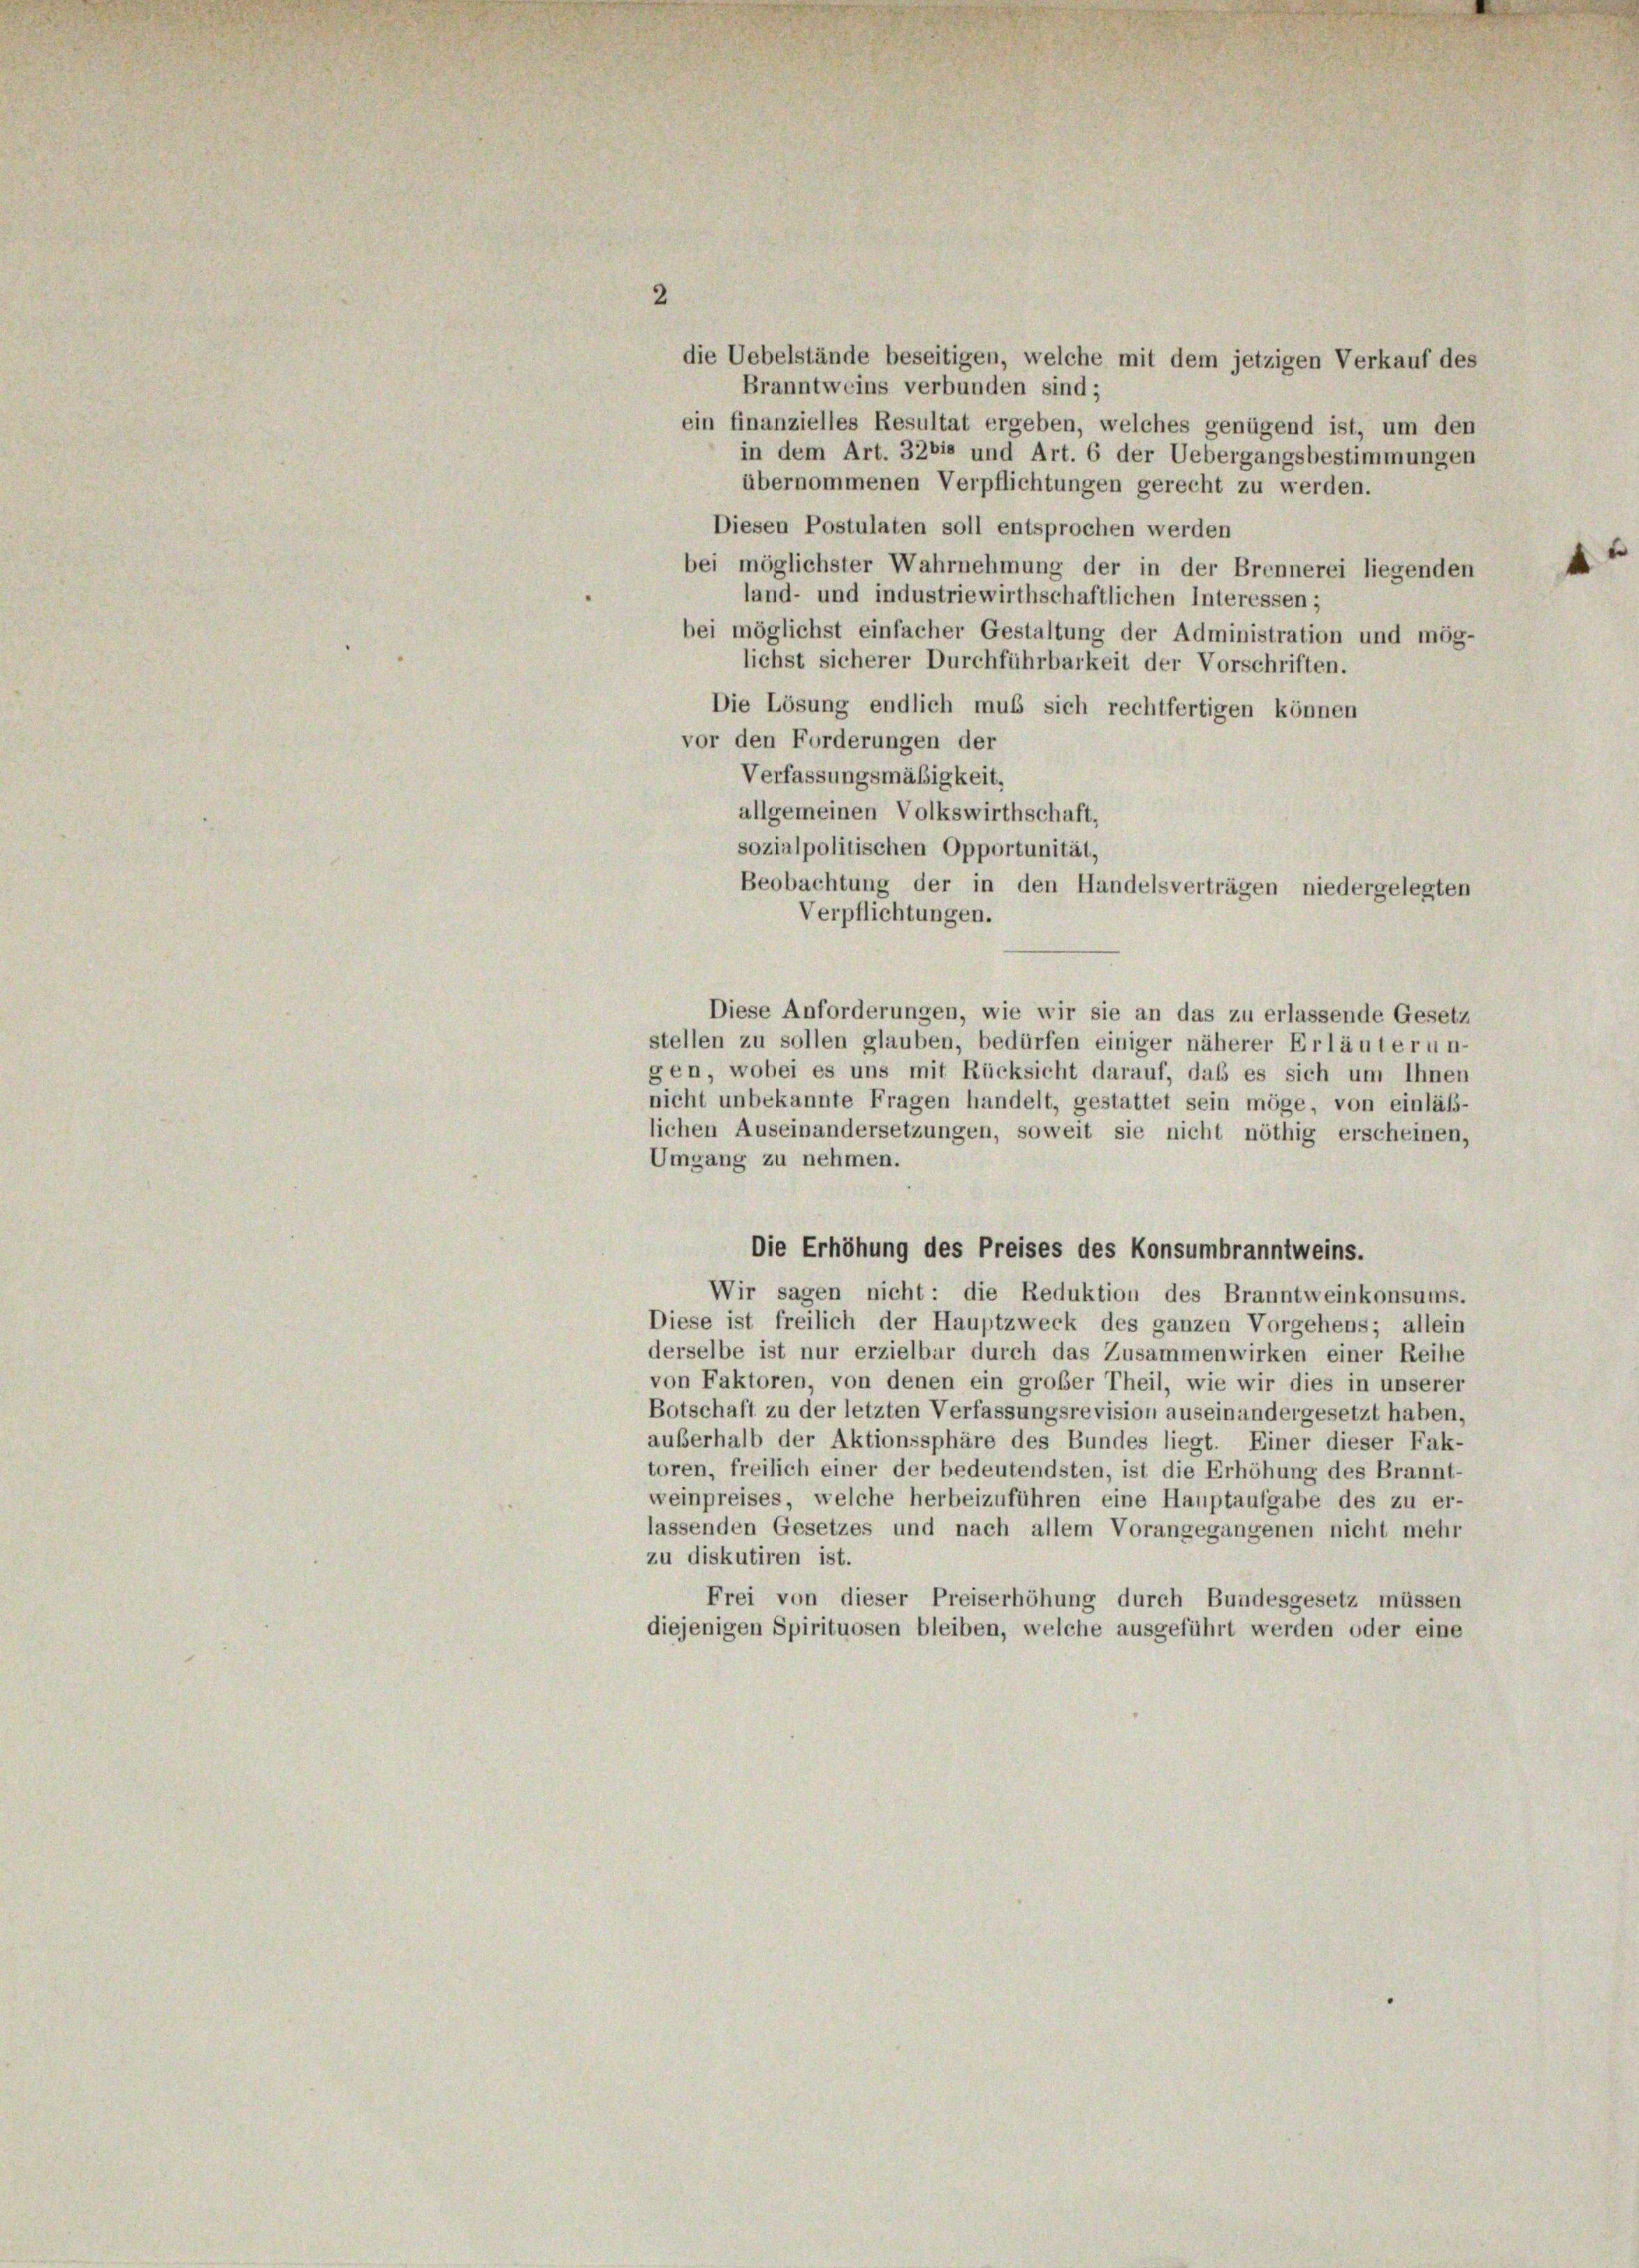
2
die Uebelstände beseitigen, welche mit dem jetzigen Verkauf des
Branntweins verbunden sind;
ein finanzielles Resultat ergeben, welches genügend ist, um den
in dem Art. 3281 und Art. 6 der Uebergangsbestimmungen
übernommenen Verpflichtungen gerecht zu werden.
Diesen Postulaten soll entsprochen werden
bei möglichster Wahrnehmung der in der Brennerei liegenden
land- und industriewirthschaftlichen Interessen;
bei möglichst einfacher Gestaltung der Administration und mög-
lichst sicherer Durchführbarkeit der Vorschriften.
Die Lösung endlich muß sich rechtfertigen können
vor den Forderungen der
Verfassungsmäßigkeit,
allgemeinen Volkswirthschaft,
sozialpolitischen Opportunität,
Beobachtung der in den Handelsverträgen niedergelegten
Verpflichtungen.
Diese Anforderungen, wie wir sie an das zu erlassende Gesetz
stellen zu sollen glauben, bedürfen einiger näherer Erläuterun-
gen, wobei es uns mit Rücksicht darauf, daß es sich um Ihnen
nicht unbekannte Fragen handelt, gestattet sein möge, von einläß-
lichen Auseinandersetzungen, soweit sie nicht nöthig erscheinen,
Umgang zu nehmen.
Die Erhöhung des Preises des Konsumbranntweins.
Wir sagen nicht: die Reduktion des Branntweinkonsums.
Diese ist freilich der Hauptzweck des ganzen Vorgehens; allein
derselbe ist nur erzielbar durch das Zusammenwirken einer Reihe
von Faktoren, von denen ein großer Theil, wie wir dies in unserer
Botschaft zu der letzten Verfassungsrevision auseinandergesetzt haben,
außerhalb der Aktionssphäre des Bundes liegt. Einer dieser Fak-
toren, freilich einer der bedeutendsten, ist die Erhöhung des Brannt-
weinpreises, welche herbeizuführen eine Hauptaufgabe des zu er-
lassenden Gesetzes und nach allem Vorangegangenen nicht mehr
zu diskutiren ist.
Frei von dieser Preiserhöhung durch Bundesgesetz müssen
diejenigen Spirituosen bleiben, welche ausgeführt werden oder eine